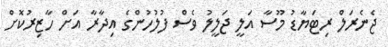
ޖެނެރަލް ރިޓަޔާޑު މޫސާ އަލީ ޖަލީލު ވެސް ފުލުހުންގެ އިދާރާ އަށް ހާޒިރުކޮށް